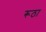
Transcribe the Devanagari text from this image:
रूठा